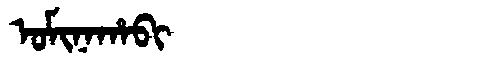
Manchu: ᠣᠮᡳᠨᠠᡥᠠᠪᡳ
Romanization: OMINAHABI